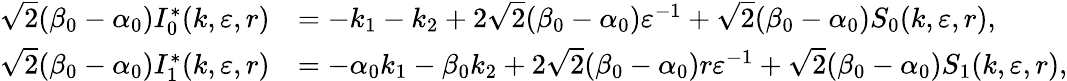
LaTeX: \begin{array}{rl}{\sqrt 2(\beta_{0}-\alpha_{0})I_{0}^{*}(k,\varepsilon,r)}&{=-k_{1}-k_{2}+2\sqrt 2(\beta_{0}-\alpha_{0})\varepsilon^{-1}+\sqrt 2(\beta_{0}-\alpha_{0})S_{0}(k,\varepsilon,r),}\\ {\sqrt 2(\beta_{0}-\alpha_{0})I_{1}^{*}(k,\varepsilon,r)}&{=-\alpha_{0}k_{1}-\beta_{0}k_{2}+2\sqrt 2(\beta_{0}-\alpha_{0})r\varepsilon^{-1}+\sqrt 2(\beta_{0}-\alpha_{0})S_{1}(k,\varepsilon,r),}\end{array}